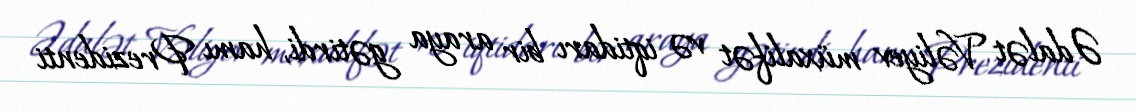
Ədalət Vəliyev müxalifət və iqtidarı bir araya gətirdi, hamı Prezidenti